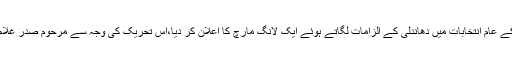
سالوں بعد 16 نومبر1992 میں اپوزیشن لیڈر بے نظیر بھٹو نے 1990 کے عام انتخابات میں دھاندلی کے الزامات لگاتے ہوئے ایک لانگ مارچ کا اعلان کر دیا،اس تحریک کی وجہ سے مرحوم صدر غلام اسحٰق خان نواز شریف کی پہلی حکومت کو تحلیل کرنے پر مجبور ہوئے۔